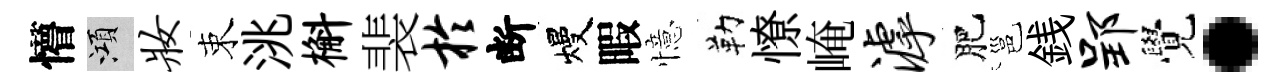
懵澒妆束洮槲裴於断熳暇憶勒憭崦滹肥邕銭郢覺·